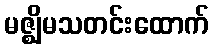
မဇ္ဈိမသတင်းထောက်